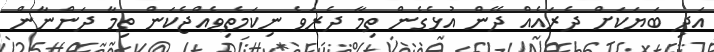
އަދި ބަޔަކަށް ދެރައެއް ދޭން އުޅެގެން ތިމާ ދެރަވެ ނިކަމެތިވެއްޖެކަން ތިމާ ދަންނާން